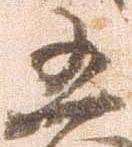
凶